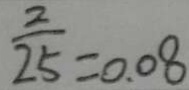
\frac { 2 } { 2 5 } = 0 . 0 8